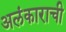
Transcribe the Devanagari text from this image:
अलंकाराची